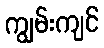
ကျွမ်းကျင်